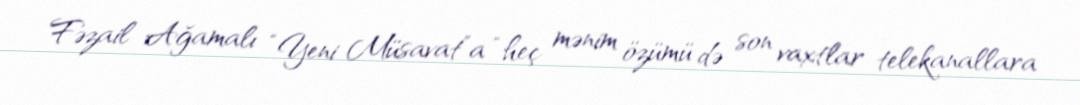
Fəzail Ağamalı “Yeni Müsavat”a “heç mənim özümü də son vaxtlar telekanallara